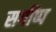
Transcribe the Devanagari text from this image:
सगींष्प